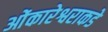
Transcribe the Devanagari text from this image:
ओंकारेश्वराकडे